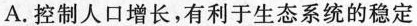
A.控制人口增长，有利于生态系统的稳定